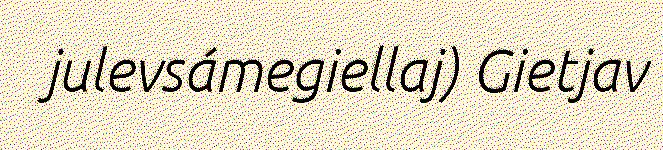
julevsámegiellaj) Gietjav